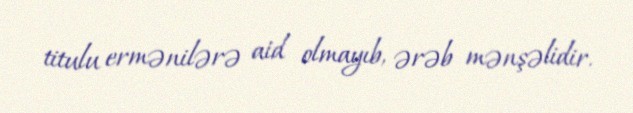
titulu ermənilərə aid olmayıb, ərəb mənşəlidir.